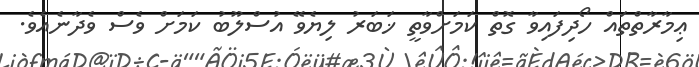
ޢިމާރާތްތައް ހޯދިފައިވާ ގޮތް ކަމަށްވާތީ ޚަބަރު ލިޔެވޭ އުސްލޫބު ކަމަށް ވެސް ވެދާނެއެވެ.